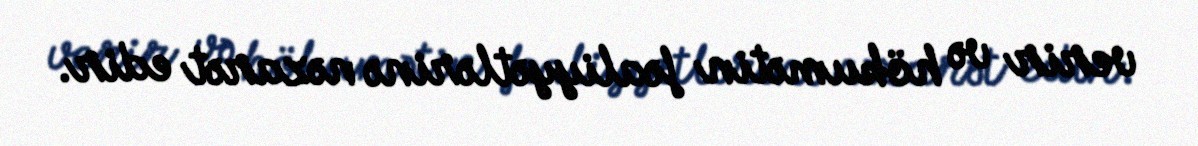
verir və hökumətin fəaliyyətlərinə nəzarət edir.